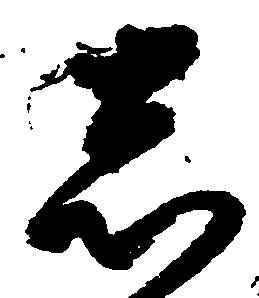
志